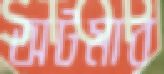
অটমার